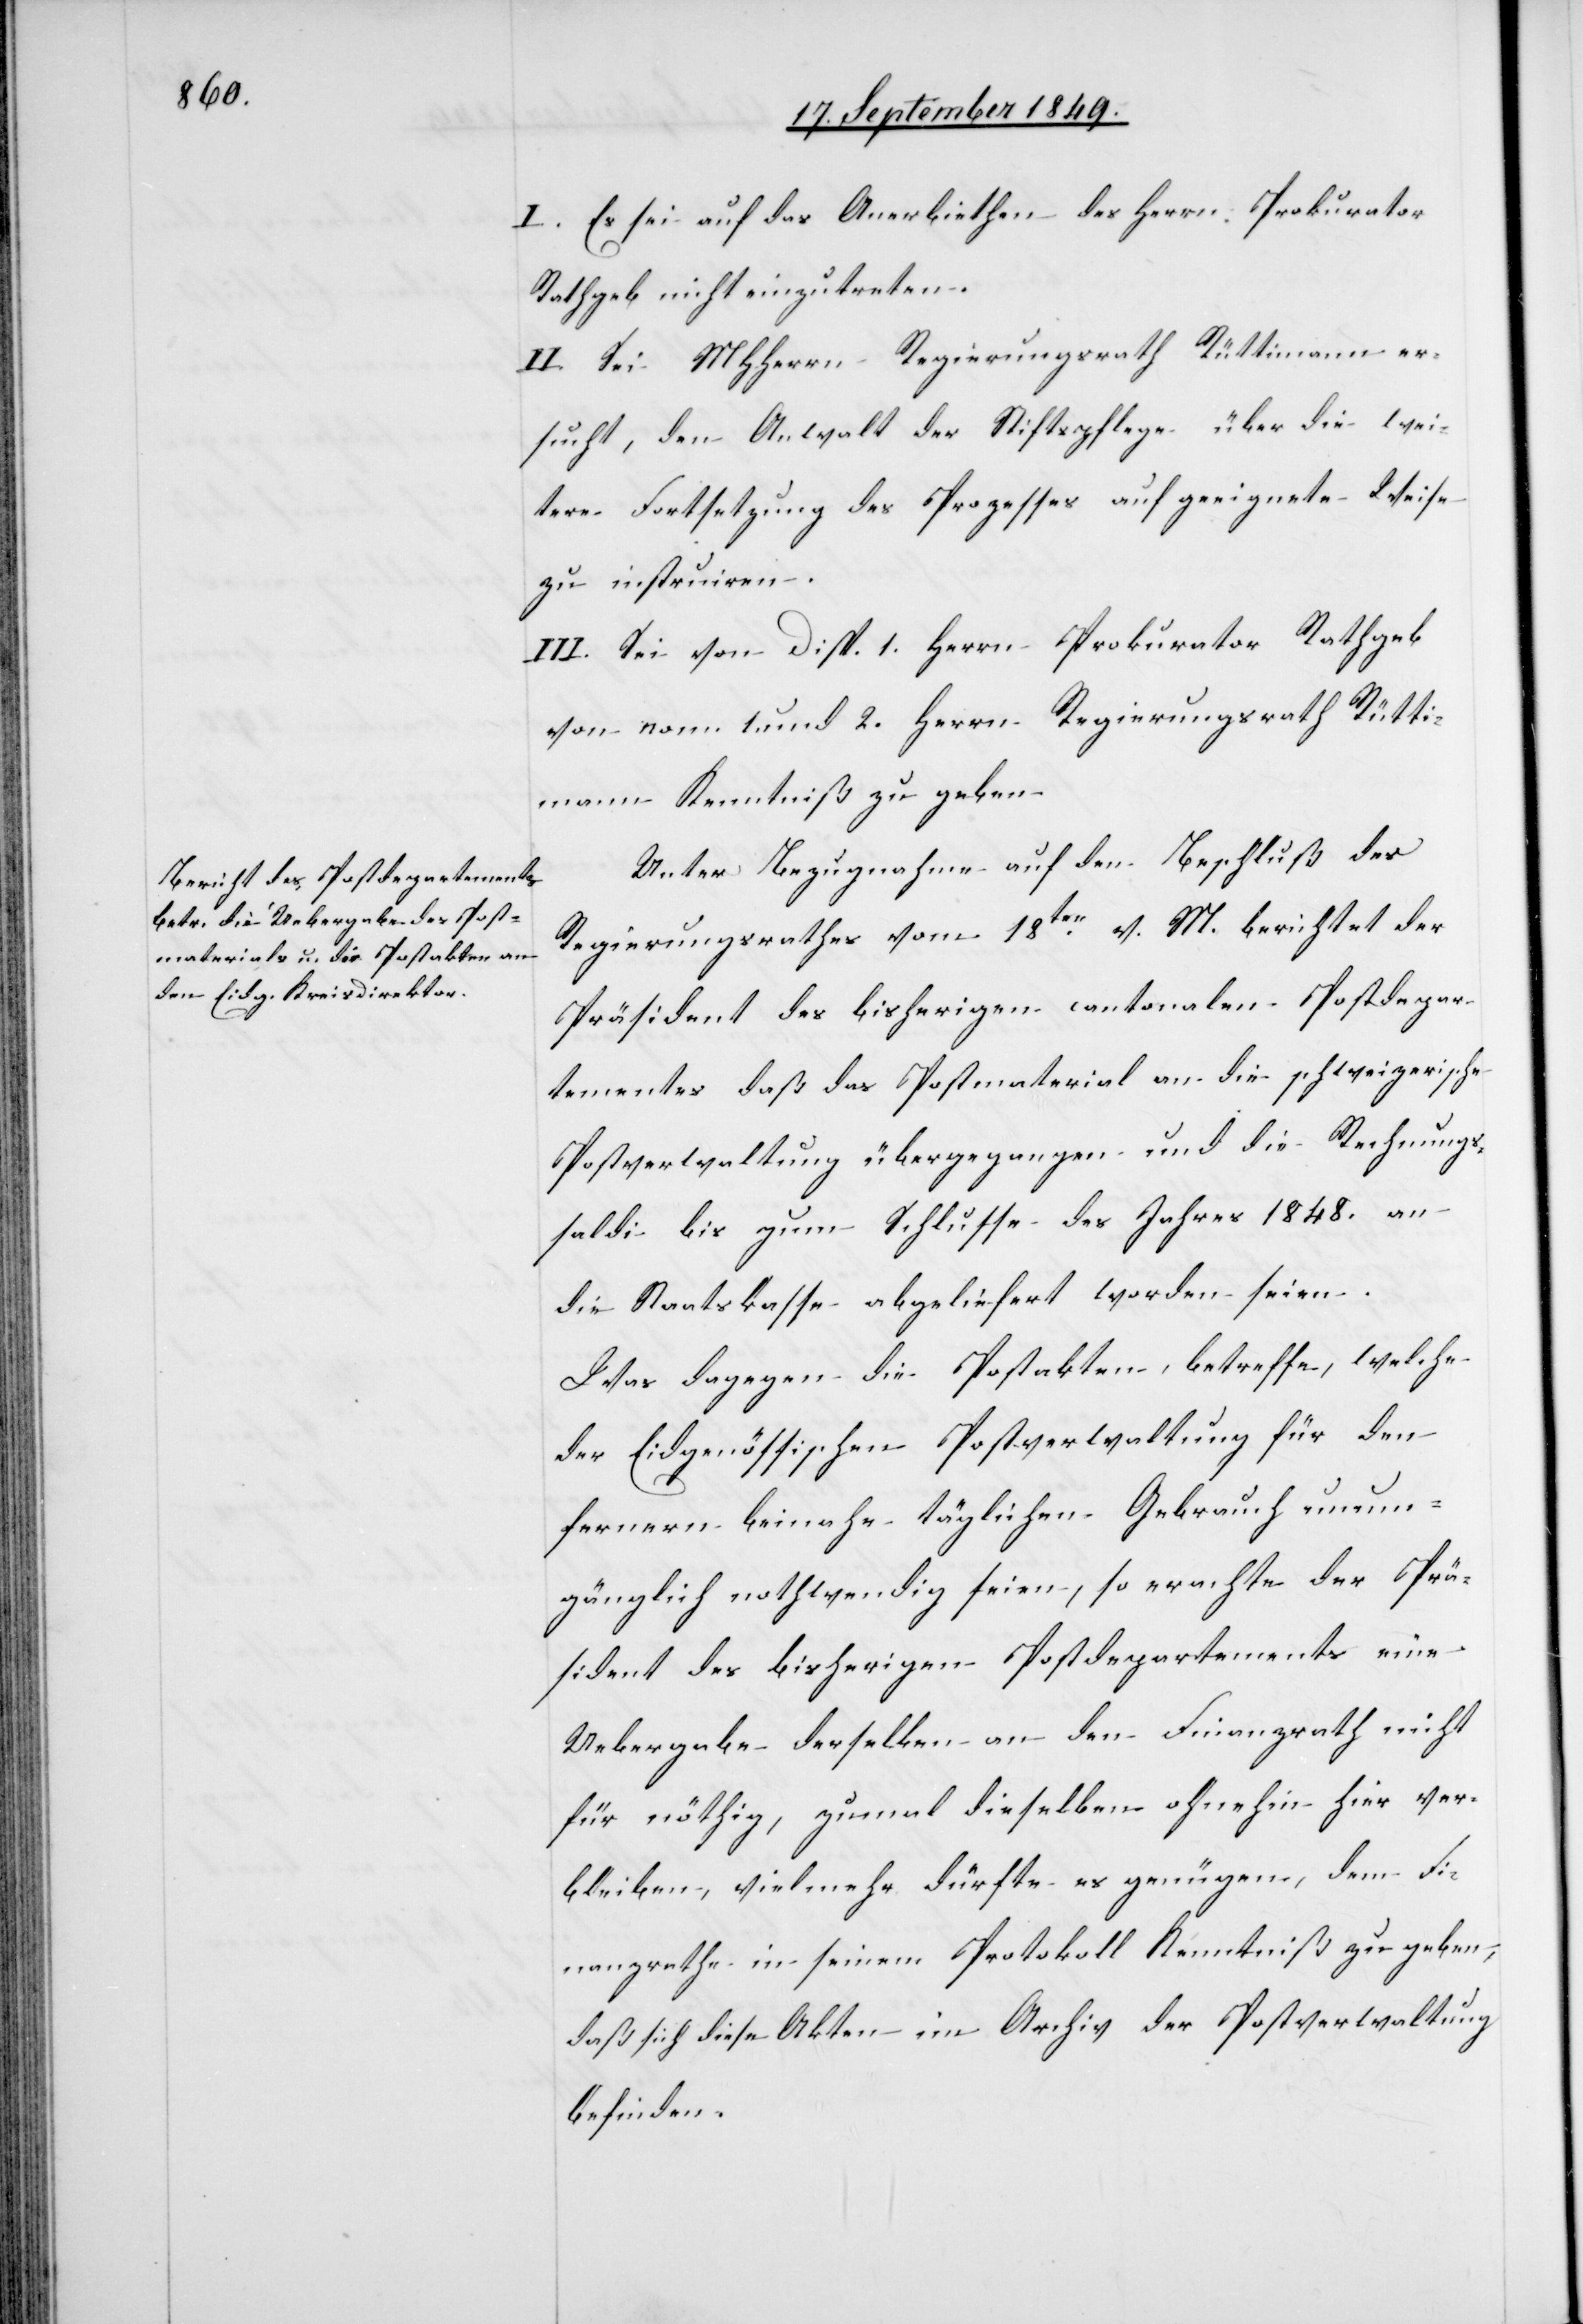
I. Es sei auf das Anerbiethen des Herrn Prokurator
Rathgeb nicht einzutreten.
II. Sei MHHerrn Regierungsrath Rüttimann er¬
sucht, den Anwalt der Stiftspflege über die wei¬
tere Fortsetzung des Prozesses auf geeignete Weise
zu instruiren.
III. Sei von Disp. 1. Herrn Prokurator Rathgeb
von nom. 1. und 2. Herrn Regierungsrath Rütti¬
mann Kenntniß zu geben.
Unter Bezugnahme auf den Beschluß des
Regierungsrathes vom 18ten v. M. berichtet der
Präsident des bisherigen cantonalen Postdepar¬
tements daß das Postmaterial an die schweizerische
Postverwaltung übergegangen und die Rechnungs¬
saldi bis zum Schlusse des Jahres 1848. an
die Staatskasse abgeliefert worden seien.
Was dagegen die Postakten betreffe, welche
der Eidgenössischen Postverwaltung für den
fernern beinahe täglichen Gebrauch unum¬
gänglich nothwendig seien, so erachte der Prä¬
sident des bisherigen Postdepartements eine
Uebergabe derselben an den Finanzrath nicht
für nöthig, zumal dieselben ohnehin hier ver¬
bleiben, vielmehr dürfte es genügen, dem Fi¬
nanzrathe in seinem Protokoll Kenntniß zu geben,
daß sich diese Akten im Archiv der Postverwaltung
befinden.